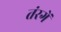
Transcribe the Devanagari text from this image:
तंरगें